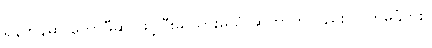
ရန်ကုန်မှာ ကော်ဖီဆိုင်ဖွင့်ပြီးမှ သွားမယ် ဆိုတာကိုလည်း လက်မခံဘူး။